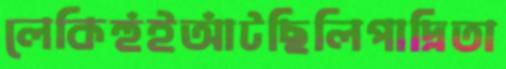
লেকিহুঁইআঁটছিলিপাদ্রিতা